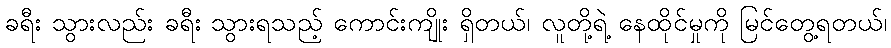
ခရီး သွားလည်း ခရီး သွားရသည့် ကောင်းကျိုး ရှိတယ်၊ လူတို့ရဲ့ နေထိုင်မှုကို မြင်တွေ့ရတယ်၊